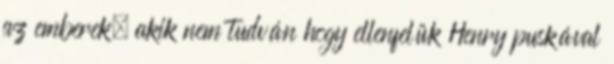
az emberek, akik nem tudván hogy ellenfelük Henry puskával